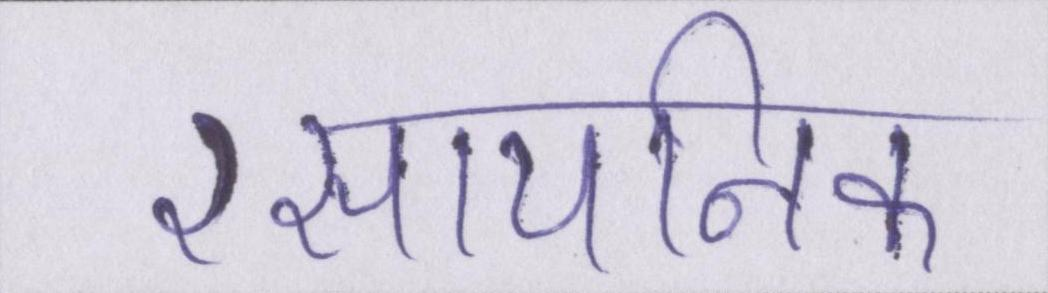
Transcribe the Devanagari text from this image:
रसायनिक